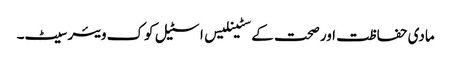
مادی حفاظت اور صحت کے سٹینلیس اسٹیل کوک ویئر سیٹ۔